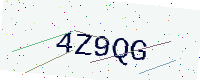
Text: 4Z9QG